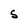
Character: S